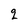
Character: 2